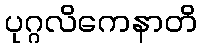
ပုဂ္ဂလိကေနာတိ